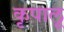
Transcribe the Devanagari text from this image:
कृपालू